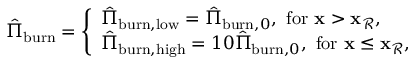
\begin{array} { r } { \hat { \Pi } _ { \mathrm { b u r n } } = \left\{ \begin{array} { l l } { \hat { \Pi } _ { \mathrm { b u r n } , \mathrm { l o w } } = \hat { \Pi } _ { \mathrm { b u r n } , 0 } , \mathrm { ~ f o r ~ } \mathbf { x } > \mathbf { x } _ { \mathcal { R } } , } \\ { \hat { \Pi } _ { \mathrm { b u r n } , \mathrm { h i g h } } = 1 0 \hat { \Pi } _ { \mathrm { b u r n } , 0 } , \mathrm { ~ f o r ~ } \mathbf { x } \le \mathbf { x } _ { \mathcal { R } } , } \end{array} \right. } \end{array}